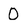
Character: 0